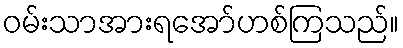
ဝမ်းသာအားရအော်ဟစ်ကြသည်။